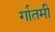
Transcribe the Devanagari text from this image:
र्गातमी